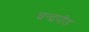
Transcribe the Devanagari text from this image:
चन्द्रपीड